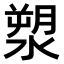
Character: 𣺩